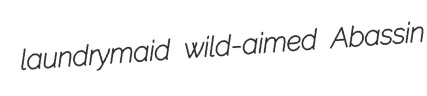
laundrymaid wild-aimed Abassin